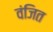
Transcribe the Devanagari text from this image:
वंजित